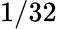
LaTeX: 1/32